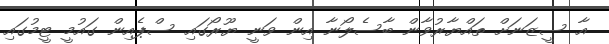
އާ ސީޒަނަށް ތައްޔާރުވާން ބާސެލޯނާ އިން ވަނީ ޔޫރޯގައި ސްޕެއިން ގައުމީ ޓީމުގައި